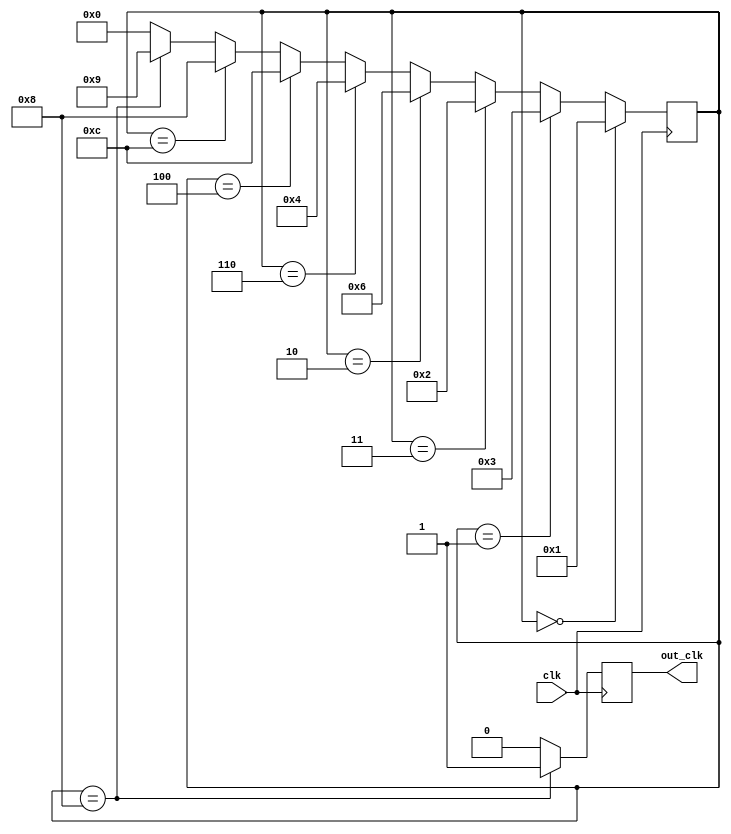
module johnson_counter_clock_divider (
    input wire clk,
    output reg out_clk
);

reg [3:0] count;

always @(posedge clk) begin
    if (count == 4'b0000)
        count <= 4'b0001;
    else if (count == 4'b0001)
        count <= 4'b0011;
    else if (count == 4'b0011)
        count <= 4'b0010;
    else if (count == 4'b0010)
        count <= 4'b0110;
    else if (count == 4'b0110)
        count <= 4'b0100;
    else if (count == 4'b0100)
        count <= 4'b1100;
    else if (count == 4'b1100)
        count <= 4'b1000;
    else if (count == 4'b1000)
        count <= 4'b1001;
    else 
        count <= 4'b0000;
end

always @(posedge clk) begin
    if (count == 4'b1000)
        out_clk <= 1'b1;
    else
        out_clk <= 1'b0;
end

endmodule